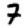
Digit: 7